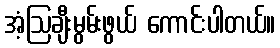
အံ့ဩချီးမွမ်းဖွယ် ကောင်းပါတယ်။